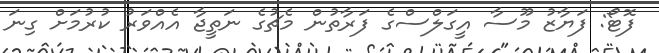
ފޮޓޯ: ފަޔާޒު މޫސާ އީގަލްސްގެ ފަރާތުން މެޗުގެ ނަތީޖާ އެއްވަރު ކުރުމަށް ގިނަ